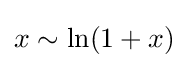
x\sim \ln(1+x)